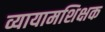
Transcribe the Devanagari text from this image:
व्यायामशिक्षक